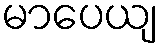
မာပေယျ